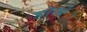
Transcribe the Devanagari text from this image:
डोरगे